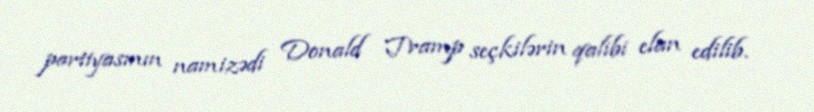
partiyasının namizədi Donald Tramp seçkilərin qalibi elan edilib.